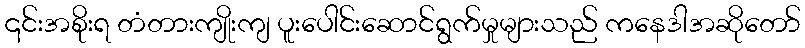
၎င်းအစိုးရ တံတားကျိုးကျ ပူးပေါင်းဆောင်ရွက်မှုများသည် ကနေဒါအဆိုတော်